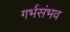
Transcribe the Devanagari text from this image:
गर्भसंभव